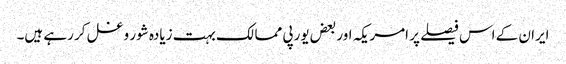
ایران کے اس فیصلے پر امریکہ اور بعض یورپی ممالک بہت زیادہ شور و غل کر رہے ہیں۔